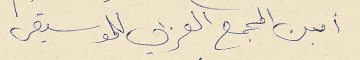
امين المجمع العربي للموسيقى